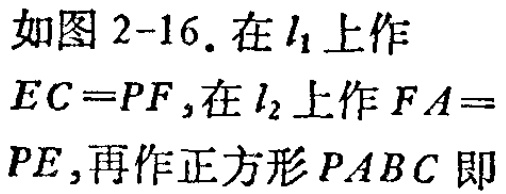
如图 2-16. 在 \(l_{1}\) 上作 \(EC = PF\) ,在 \(l_{2}\) 上作 \(FA = PE\) ,再作正方形 \(PABC\) 即